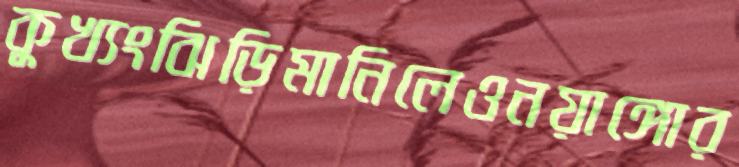
কুখ্যংঝিড়িমানিলেওনয়াঙ্গোর